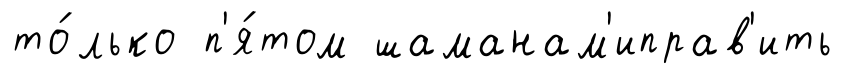
то́лько п'я́том шаманам'иправ'ить